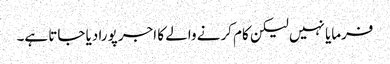
فرمایا نہیں لیکن کام کرنے والے کا اجر پورا دیا جاتا ہے۔